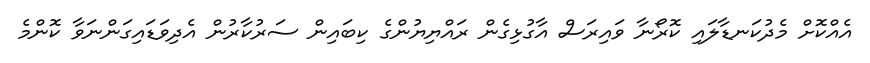
އެއްކޮށް މެދުކަނޑާލައި ކޮރޯނާ ވައިރަސް އާގުޅިގެން ރައްޔިޔުންގެ ކިބައިން ސަރުކާރުން އެދިވަޑައިގަންނަވާ ކޮންމެ